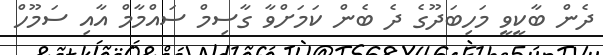
ދެން ބާކީވީ މަހިބަދޫގެ ދެ ބެން ކަމަށްވާ ގާސިމް ސައްމާމް އާއި ސަމޫހް